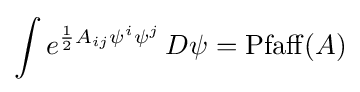
\int e^{{\frac {1}{2}}A_{ij}\psi ^{i}\psi ^{j}}\,D\psi =\mathrm {Pfaff} (A)